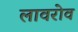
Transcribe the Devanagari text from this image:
लावरोव